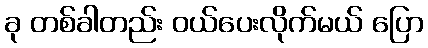
ခု တစ်ခါတည်း ဝယ်ပေးလိုက်မယ် ပြော